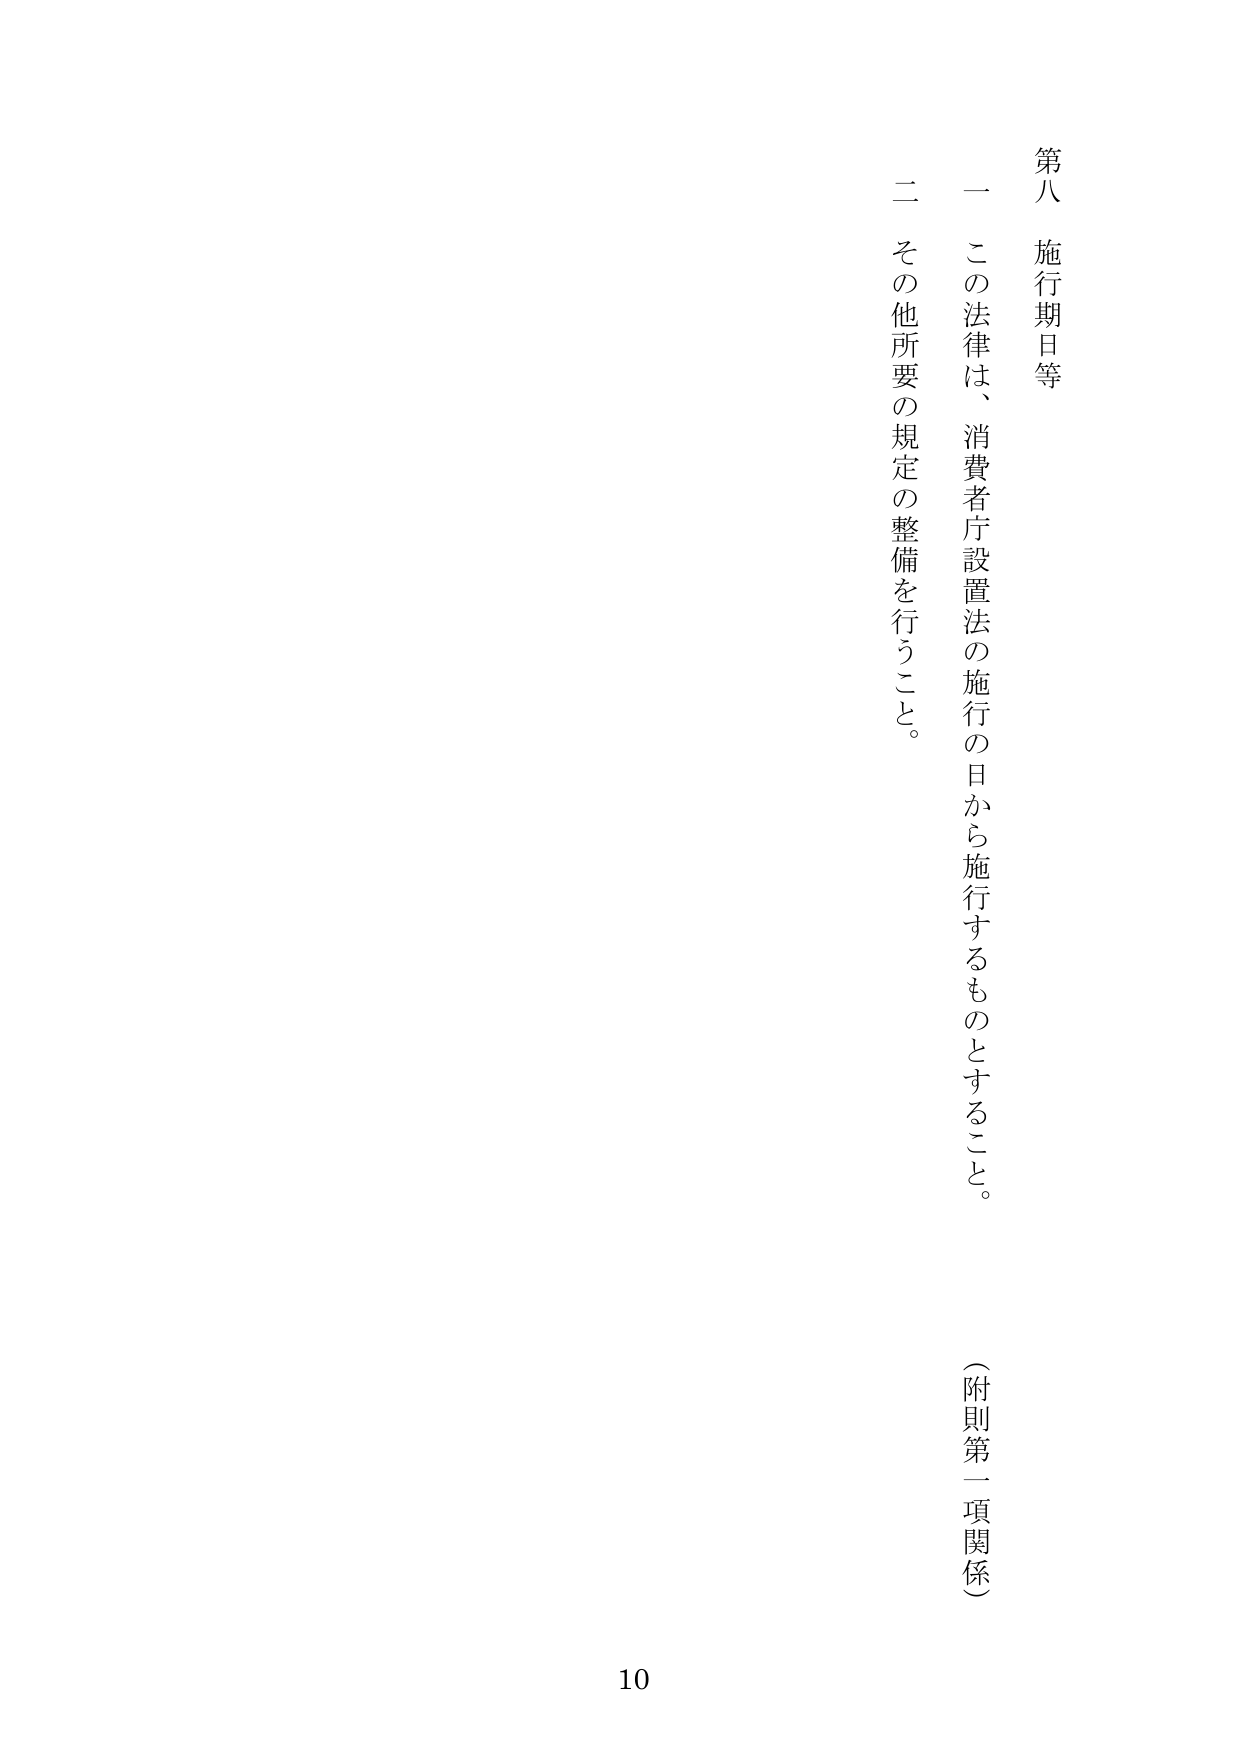
第八 施行期日等

一 この法律は、消費者庁設置法の施行の日から施行するものとすること。

二 その他所要の規定の整備を行うこと。

（附則第一項関係）

10